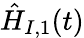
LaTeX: \hat{H}_{I,1}(t)